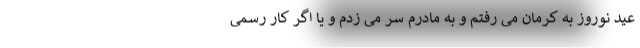
عید نوروز به کرمان می رفتم و به مادرم سر می زدم و یا اگر کار رسمی